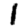
Digit: 1